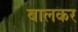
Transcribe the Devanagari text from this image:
बालकर